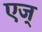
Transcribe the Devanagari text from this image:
एज्